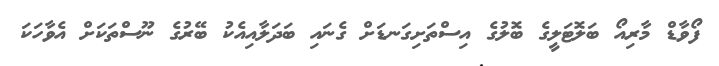
ފޯވާޑް މާރިއޯ ބަލޮޓަލީގެ ބޮލުގެ އިސްތަށިގަނޑަށް ގެނައި ބަދަލާއިއެކު ބޭރުގެ ނޫސްތަކަށް އެވާހަކަ